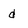
Character: d